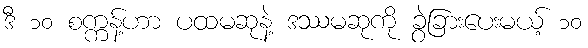
ဒီ ၁၀ စက္ကန့်ဟာ ပထမဆုနဲ့ ဒဿမဆုကို ခွဲခြားပေးမယ့် ၁၀